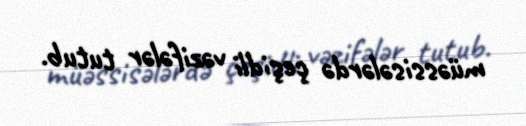
müəssisələrdə çeşidli vəzifələr tutub.